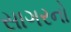
સાગરનો